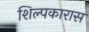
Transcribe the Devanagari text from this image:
शिल्पकारास